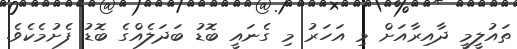
ތައުލީމީ ދާއިރާއަށް މި އަހަރު މި ގެނައީ ބޮޑު ބަދަލެއްގެ ބޮޑު ފެށުމެކެވެ.